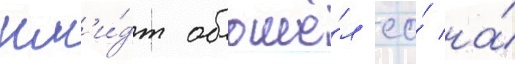
шм'и́дт обошё́л ео́ на́